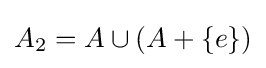
A_{2}=A\cup (A+\{e\})